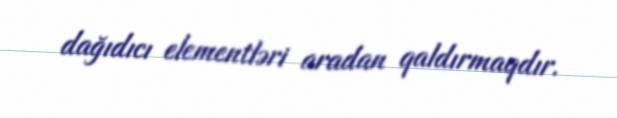
dağıdıcı elementləri aradan qaldırmaqdır.